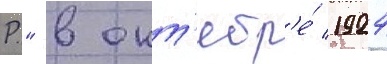
Р." в окт'ябр'е́ 1924